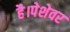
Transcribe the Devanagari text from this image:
है।पेशेवर